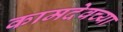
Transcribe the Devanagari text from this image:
कामदेवच्या